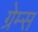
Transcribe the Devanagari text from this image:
ग्रेम्स